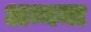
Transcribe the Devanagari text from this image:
अन्नमा